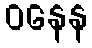
ဝနေန